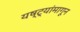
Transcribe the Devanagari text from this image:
यष्ट्यांमागून